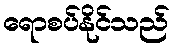
ရောစပ်နိုင်သည်